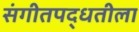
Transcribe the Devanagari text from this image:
संगीतपद्धतीला